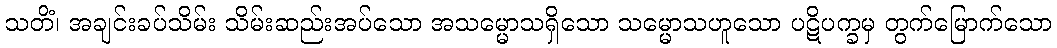
သတိံ၊ အချင်းခပ်သိမ်း သိမ်းဆည်းအပ်သော အသမ္မောသရှိသော သမ္မောသဟူသော ပဋိပက္ခမှ တွက်မြောက်သော